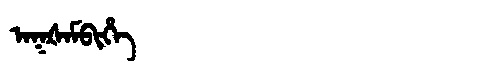
Manchu: ᠠᡴᡧᠠᠮᠪᡳᡥᡝ
Romanization: AKŠAMBIHE